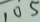
1 0 5